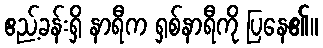
ဧည့်ခန်းရှိ နာရီက ရှစ်နာရီကို ပြနေ၏။